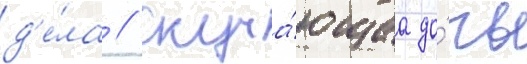
д'е́ла // Скуча́ющаа до́чь